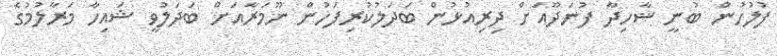
ފުލުހުން ބުނީ ޝާހިދާ ފުނަދޫއަށް ދިރިއުޅުން ބަދަލުކުރިފަހުން ނޫމަރާއަށް ބަދަލުވީ ޝައިހާ މަރާލުމުގެ